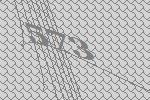
573